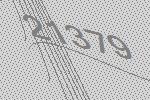
21379